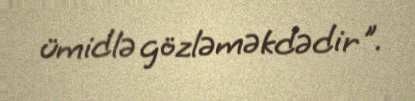
ümidlə gözləməkdədir".